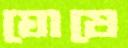
ঘোষে